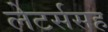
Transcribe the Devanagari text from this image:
लेटर्ससह